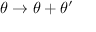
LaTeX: \theta \rightarrow \theta + \theta ^ { \prime }